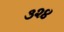
૩૨૪